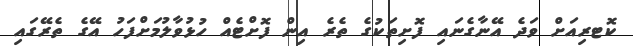
ކޮޓރިއަށް ވަދެ އޭނާގެނައި ފޮށިތަކުގެ ތެރެ އިން ފޮށްޓެއް ހުޅުވާލުމަށްފަހު އޭގެ ތެރޭގައި